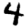
Digit: 4